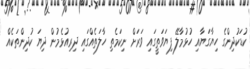
ކުޑަކުދިންގެ ހިޔާގަޔާއި ހުޅުމާލޭ ފިޔަވަތީގައި ވަރަށް ނިކަމެތި ހާލަތެއްގައި ދިރިއުޅެމުން ދިޔަ ކުދިންތަކެއް